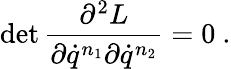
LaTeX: \mathrm{det}\, \frac{\partial^{2}L}{\partial\dot{q}^{n_{1}}\partial\dot{q}^{n_{2}}}=0\ .